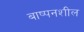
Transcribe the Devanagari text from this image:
बाष्पनशील